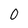
Character: 0